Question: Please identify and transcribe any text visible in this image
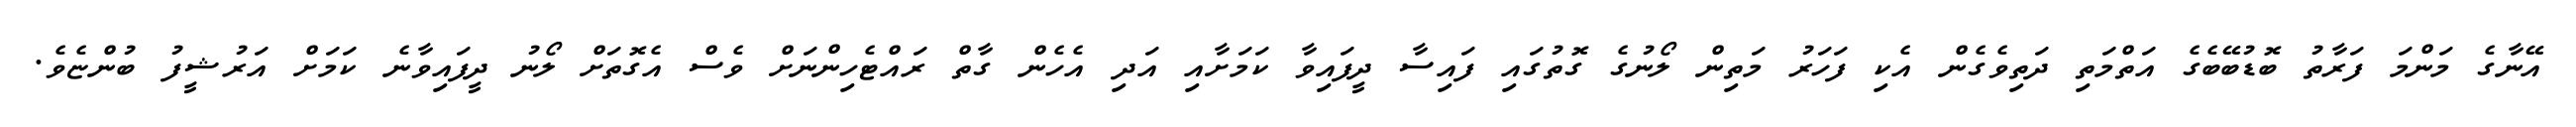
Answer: އޭނާގެ މަންމަ ފަރާތު ބޮޑުބޭބެގެ އަތްމަތި ދަތިވެގެން އެކި ފަހަރު މަތިން ލޯނުގެ ގޮތުގައި ފައިސާ ދީފައިވާ ކަމަށާއި އަދި އެހެން ގާތް ރައްޓެހިންނަށް ވެސް އެގޮތަށް ލޯނު ދީފައިވާނެ ކަމަށް އަރުޝީފު ބުންޏެވެ.